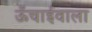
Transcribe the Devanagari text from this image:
ऊँचाईवाला